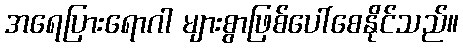
အရေပြားရောဂါ များစွာဖြစ်ပေါ်စေနိုင်သည်။